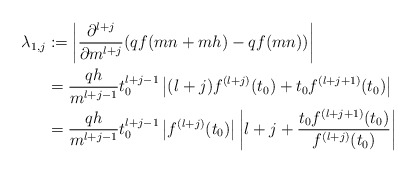
\begin{align*}\lambda_{1,j} &:= \left| \frac{\partial^{l+j}}{\partial m^{l+j}} (qf(mn+mh) - qf(mn))\right| \\&= \frac{qh}{m^{l+j-1}} t_0^{l+j-1} \left| (l+j)f^{(l+j)}(t_0) + t_0 f^{(l+j+1)}(t_0) \right| \\&= \frac{qh}{m^{l+j-1}} t_0^{l+j-1} \left| f^{(l+j)} (t_0) \right| \left| l+j + \frac{t_0 f^{(l+j+1)} (t_0)}{f^{(l+j)} (t_0)} \right|\end{align*}